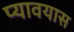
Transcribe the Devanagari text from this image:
प्यावयास